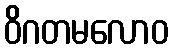
ဝိဂတမလောဝ